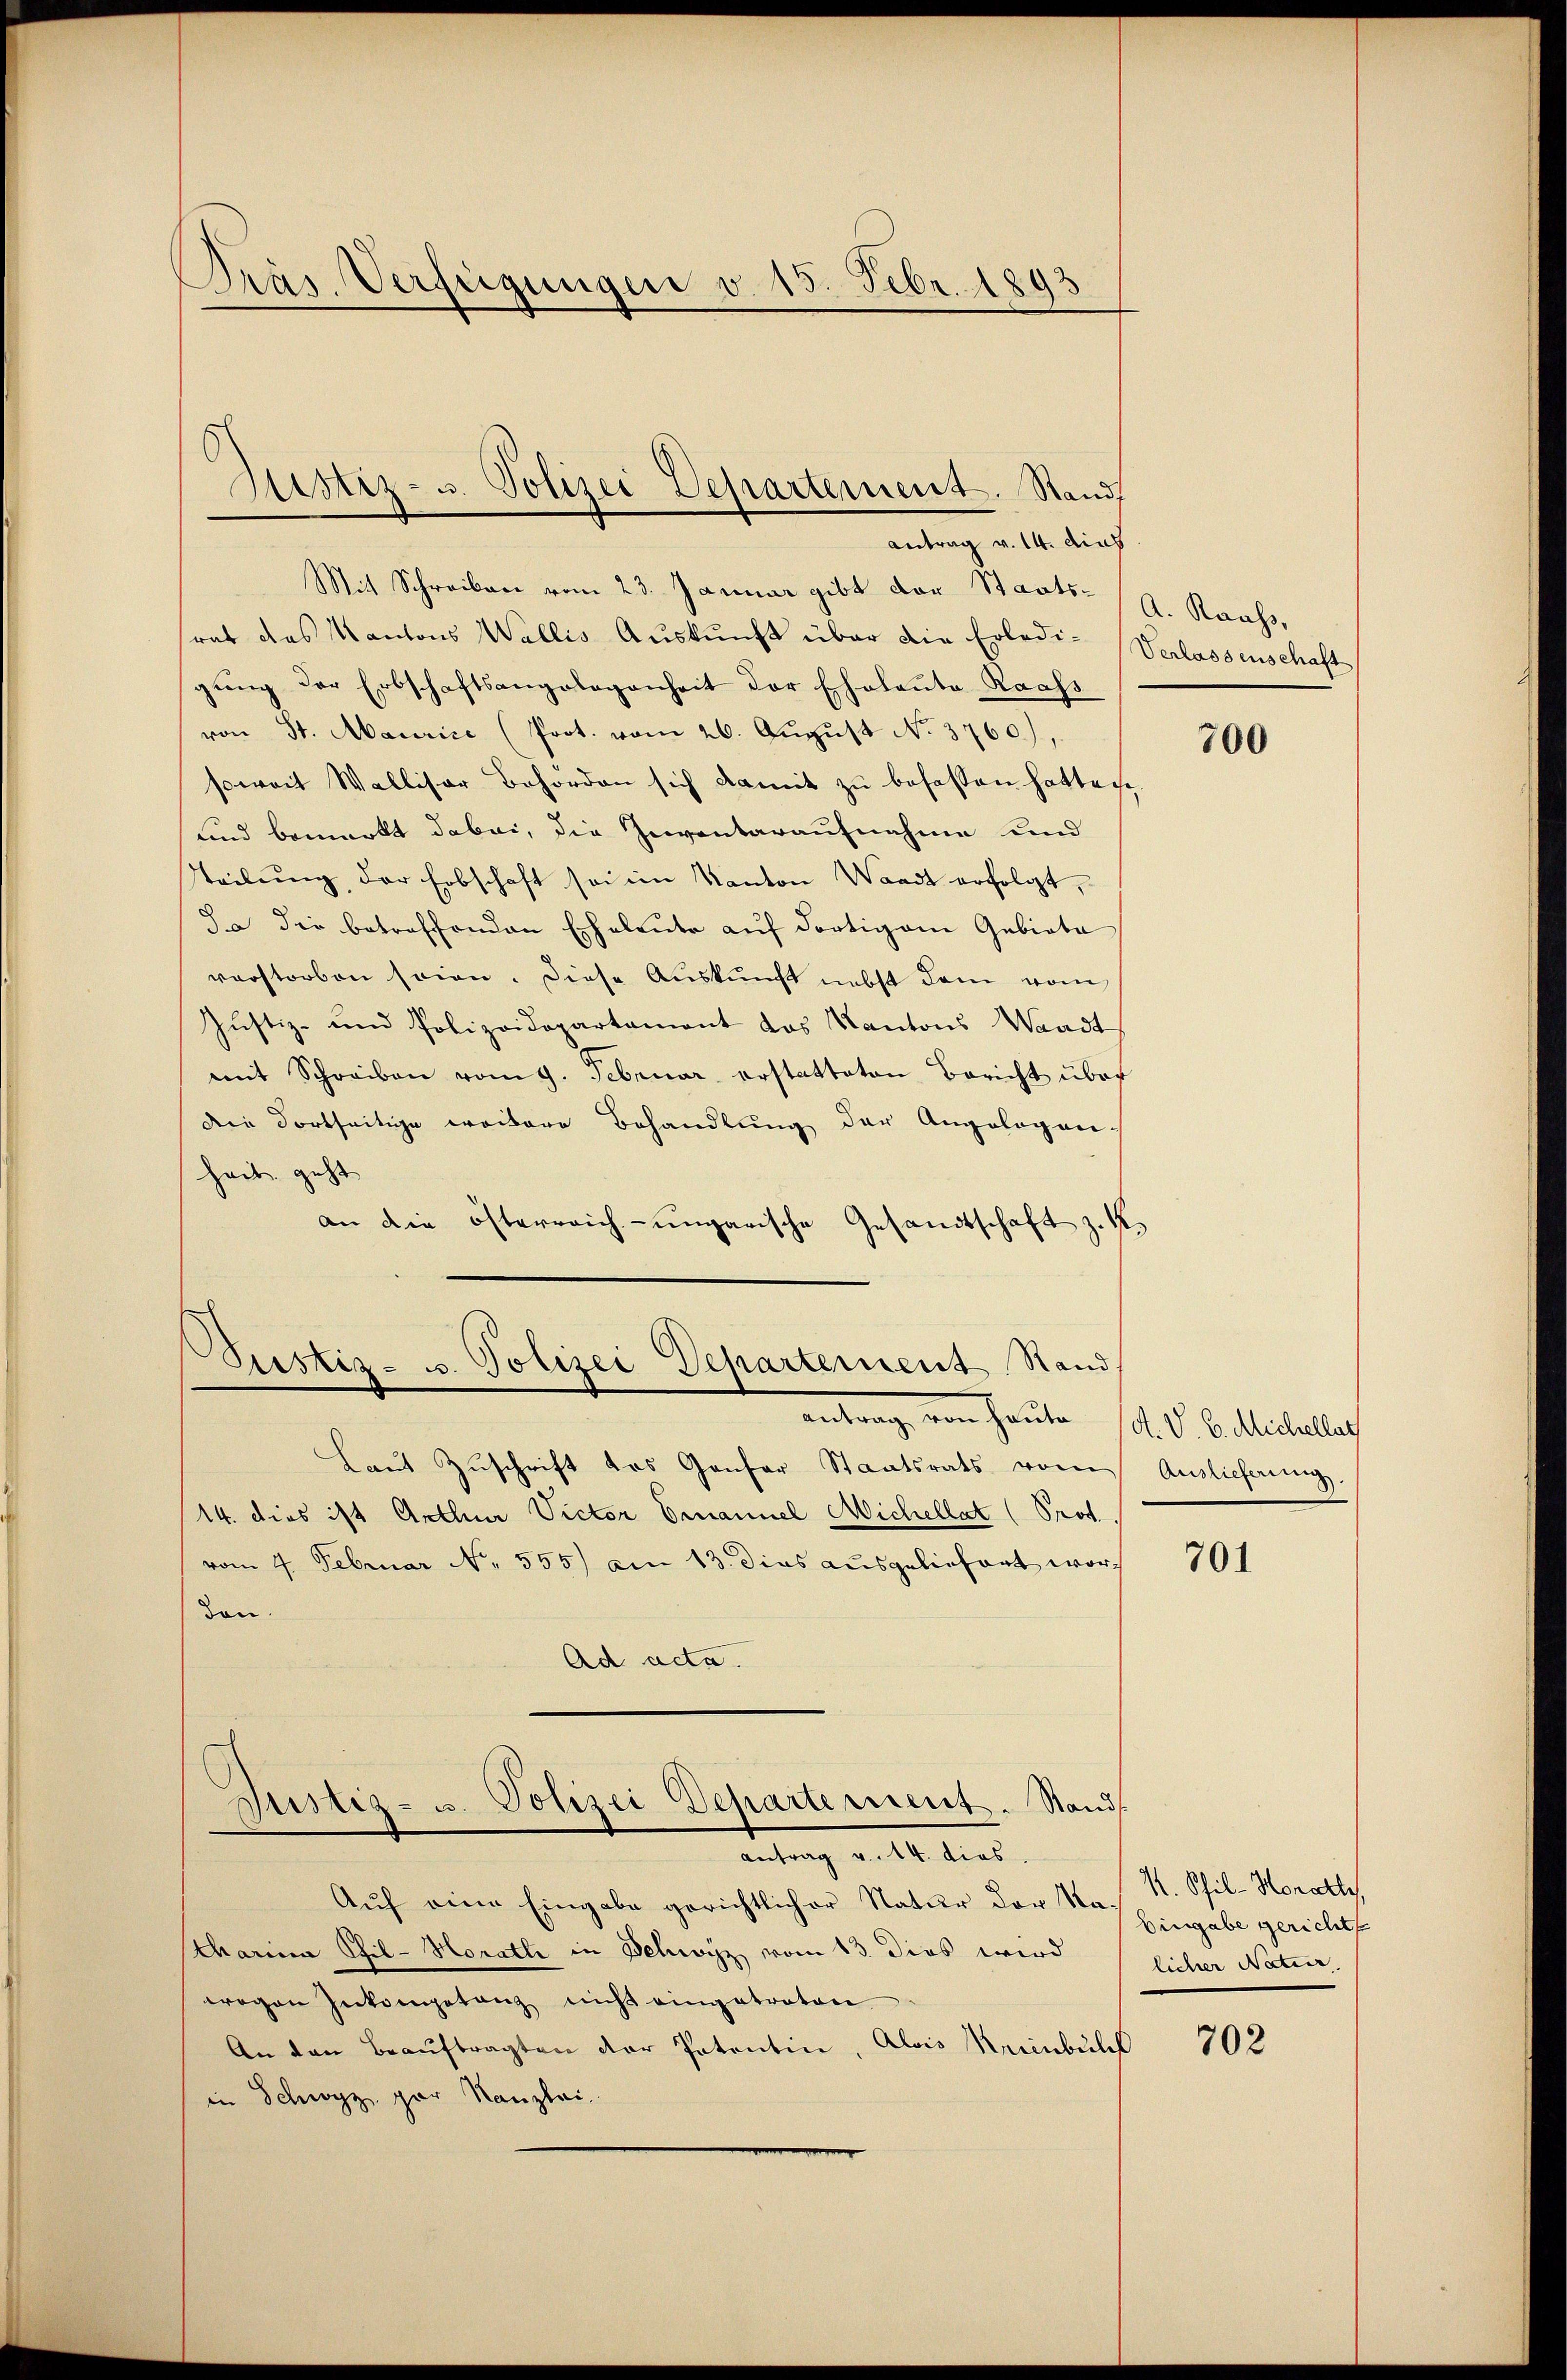
Pras Verfügungen v. 15. Febr. 1893

Justiz- u. Polizei Departement. Stand
Antrag v. 14. dies

Mit Schreiben vom 23. Januar gibt der Staats- (9. Raass
rat das Kantons Wallis Aŭskŭnft über die Erledi- Verlassenschaft
gung der Erbschaftsangelegenheit der Echalanta Raass
von St. Maurice (Prot. vom 26. August No. 3760),
soweit Walliser Behörden sich damit zu befassen hatte si
und bemerkt dabei, die Inventaraufnahme und
tteilŭng der Erbschaft sei im Kanton Waadt erfolgt,
Ja die betreffenden Eheleute auf dortigem Gebiete
verstorben sein. Diese Auskunft nebst dem vom
Justiz- und Polizeidepartament das Kantons Waadt
mit Schreiben vom 9. Februar erstatteten Bericht über
die dortseitige weitere Behandlung der Angelegen.
heit geht
an die österreich-ungarische Gesandtschaft z. K

ustiz- u. Polizei Departement Stand.
entrage von Haute d. d. 6. Meisteller

Justiz- u. Polizei Departement. Stand
Antrag v. 14. dies

Laut Zuschrift das Genfer Staatsrats vom
14. dies ist Arthur Victor Emanuel Michellat (Prof.
vom 4. Februar Nr. 555) am 13. dies ausgeliefert worden.
Ad acta.

Auf eine Eingabe gerichtlicher Natur der von Eingabe gericht
tharina Stil- Horath in Schwyz vom 13. dies wird
wegen Inkompetenz nicht eingetreten
An den Beauftragten der Patentin, Alois Krienbühl
in Schwyz, par Kanzlei.

700

Auslieferung.

701

1. Phil-Monathy,
licher Natur,

702